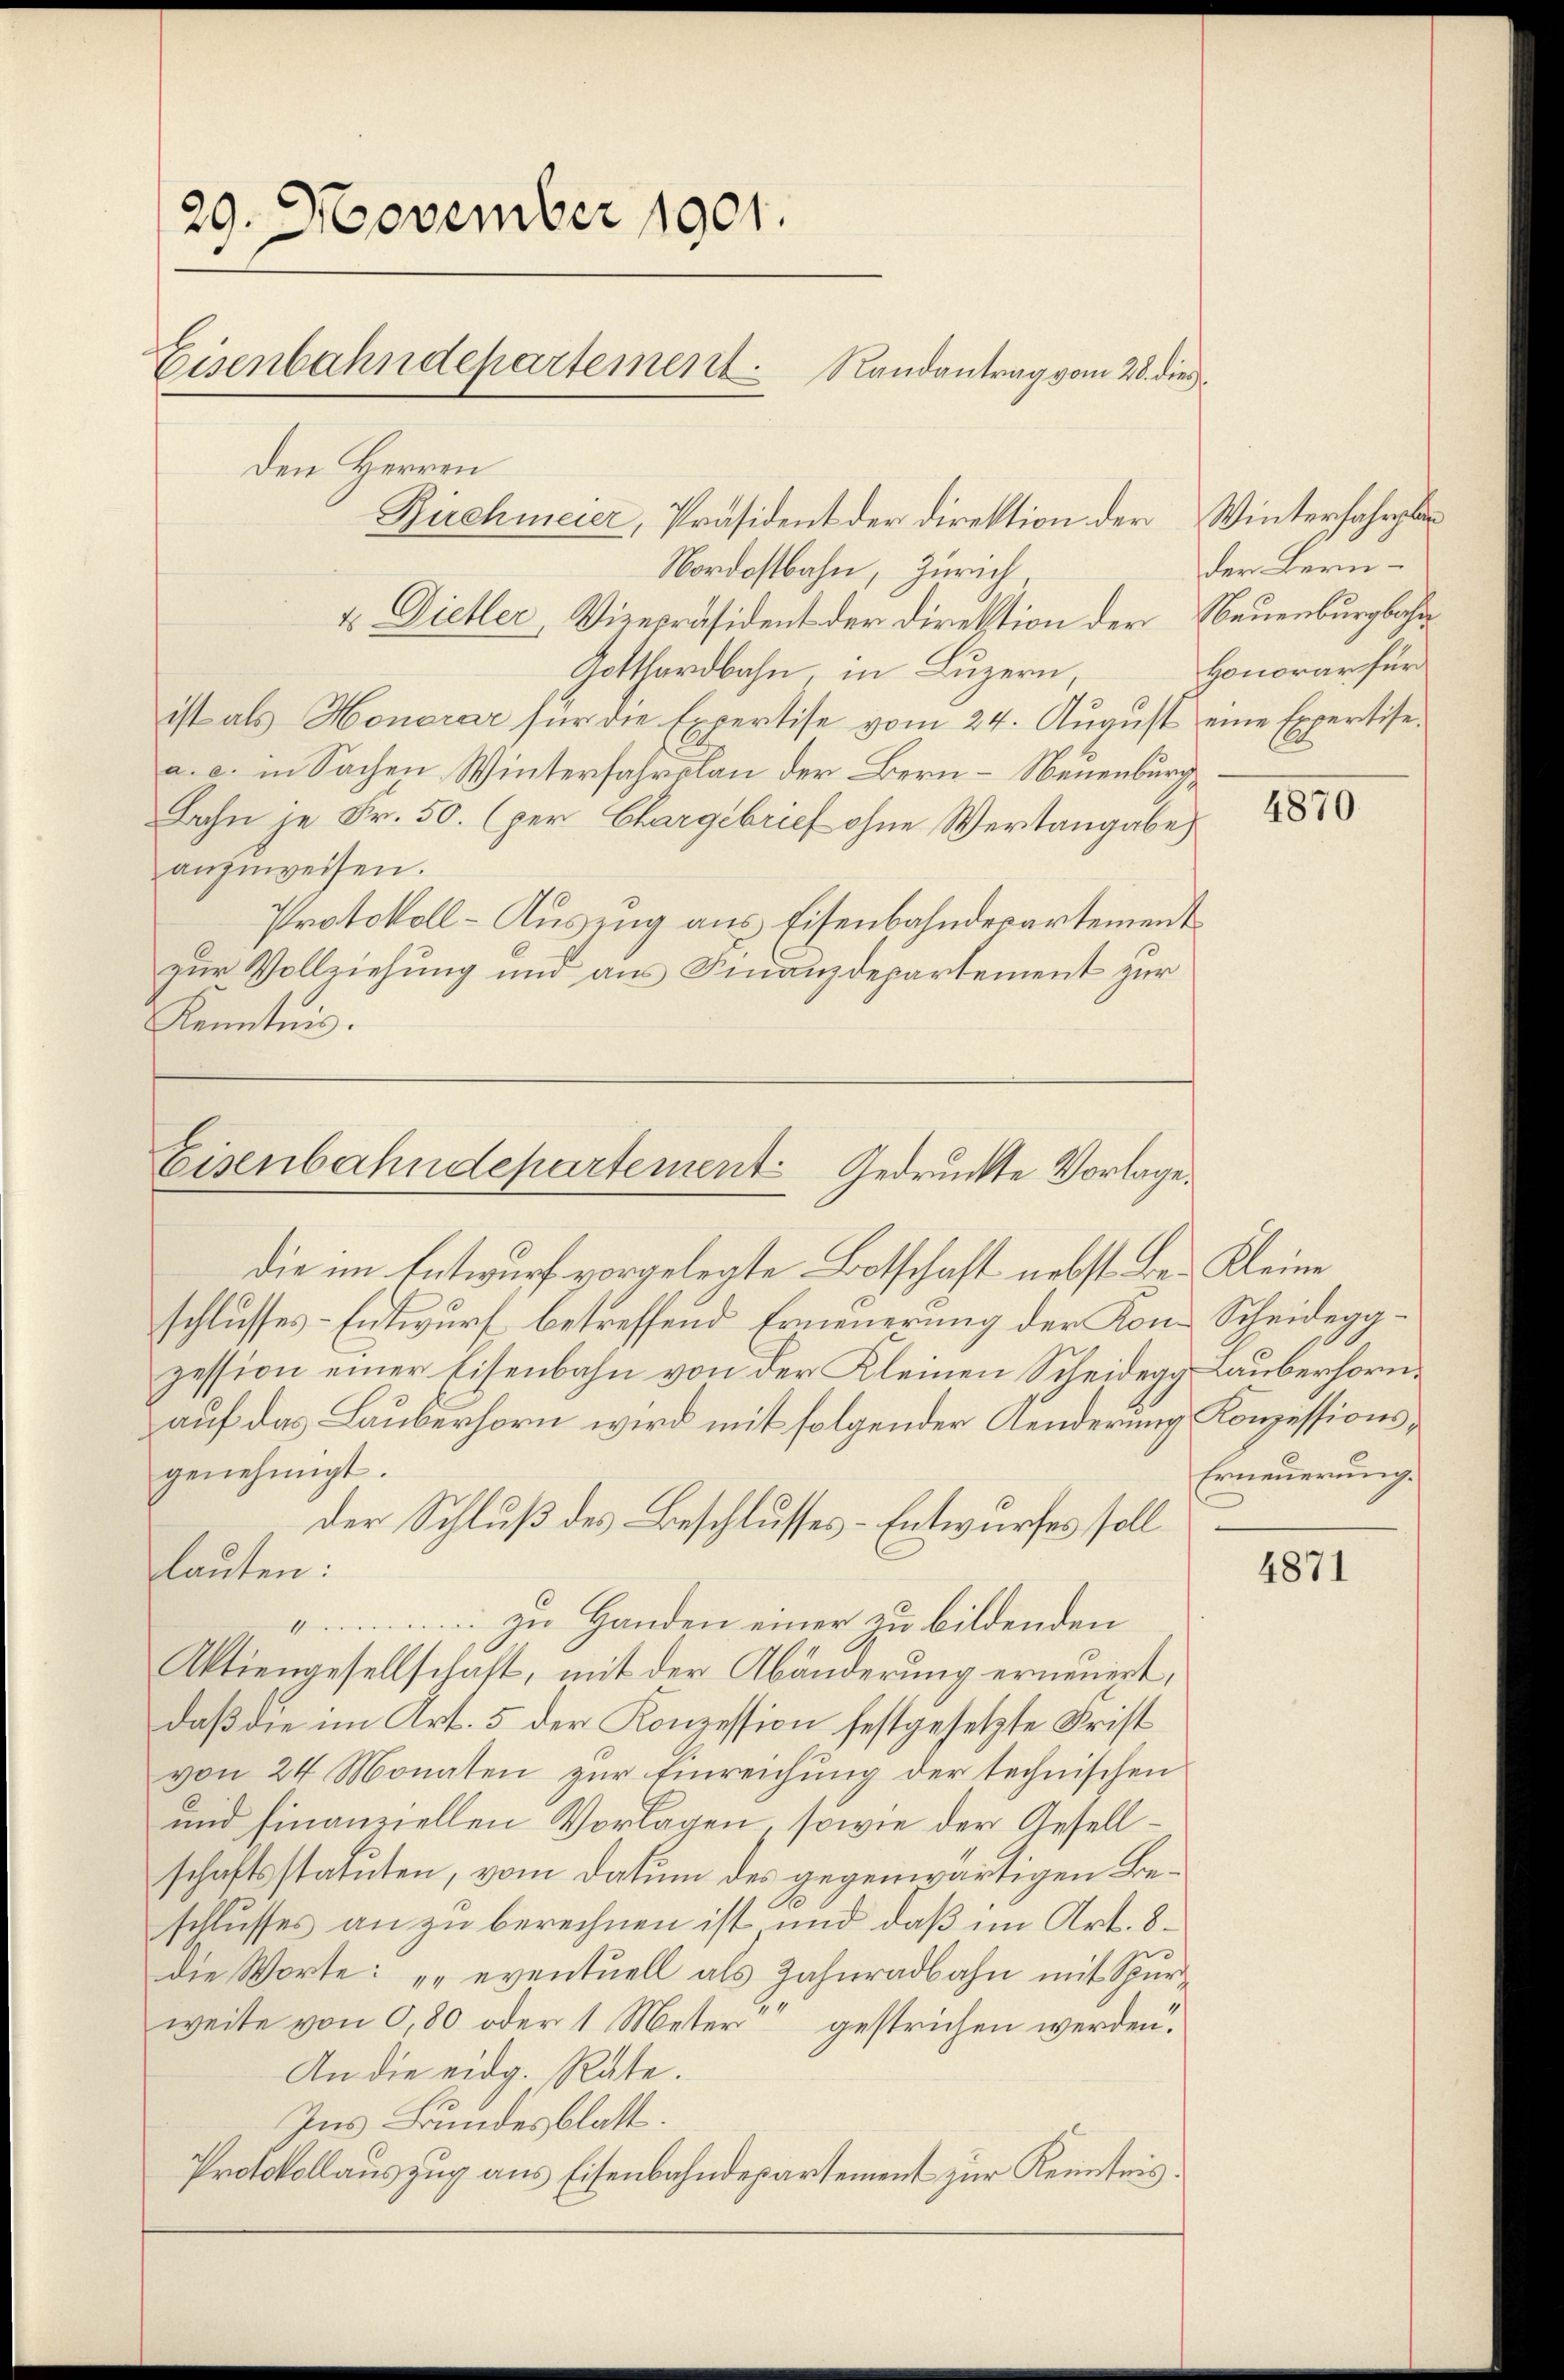
29. November 1901.
Eisenbahndepartement. Randantrag vom 28. dies
Den Herren
Dirchmeier, Präsident der Direktion der Winterfahrplan
Nordostbahn, Zürich.

4. Dieller, Vizepräsident der Direktion der Neuenburgbahn
Gotthardbahn, in Luzern,
ist als Honorar für die Expertise vom 24. August eine Expertisea. c. in Sachen Winterfahrplan der Bern - Neuenburg,
Bahn je Fr. 50. (per Chargebrief ohne Wertangabe
anzŭweisen.
Protokoll-Auszug aus Eisenbahndepartement
zur Vollziehung und aus Finanzdepartement zur
Kenntnis.

die im Entwurf vorgelegte Botschaft nebst Be- Kleine
schlusses-Entwurf betreffend Erneuerung der Kon- Scheideggzession einer Eisenbahn von der Kleinen Scheidegg Lauberhornauf das Lauberhorn wird mit folgender Aenderung
genehmigt.
der Schluß des Beschlusses-Entwurfes soll
lauten:
zu Handen einer zu bildenden
4
Aktiengesellschaft, mit der Abänderung erneuert,
daß die im Art. 5 der Konzession festgesetzte Frist
von 24 Monaten zur Einreichung der technischen
und finanziellen Vorlagen, sowie der Gesellschaftsstatuten, vom Datum des gegenwärtigen Bes
schlusses an zu berechnen ist und daß im Art. 8.
die Worte: „eventuell als Zahnradbahn mit Spurweite von 0,80 oder 1 Meter gestrichen werden.
An die eidg. Rate.
Ins Bundesblatt.
Protokollauszug aus Eisenbahndepartement zur Kenntnis

Eisenbahndepartement Gedruckte Vorlage.

der Bern-
Honorar für

4870

Konzessions¬
Erneuerung.

4871